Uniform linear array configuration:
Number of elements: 48
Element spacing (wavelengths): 1
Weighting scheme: exponential
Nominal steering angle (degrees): -30
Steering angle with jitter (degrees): -28.278
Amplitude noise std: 0.05
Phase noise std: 0.05

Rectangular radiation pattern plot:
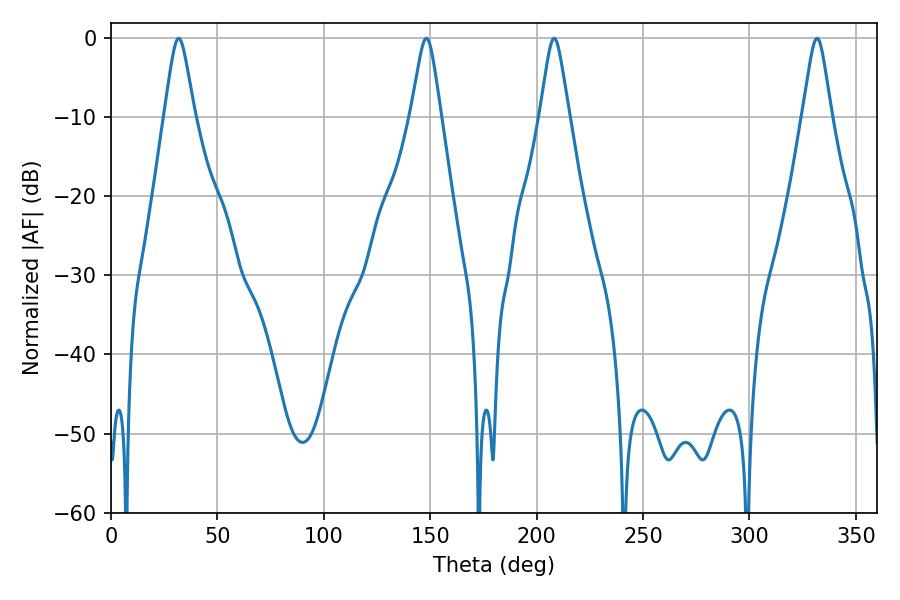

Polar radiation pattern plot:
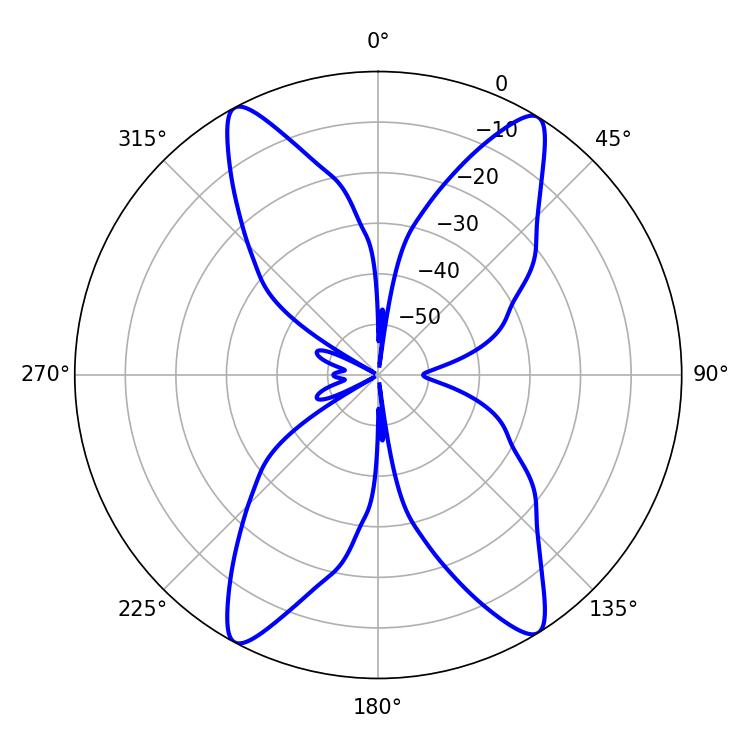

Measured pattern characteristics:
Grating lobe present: TRUE
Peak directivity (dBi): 19.176
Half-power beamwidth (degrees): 6.48
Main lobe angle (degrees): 208.26